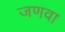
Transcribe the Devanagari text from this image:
जणवा